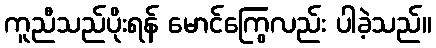
ကူညီသည်ပိုးရန် မောင်ကြွေလည်း ပါခဲ့သည်။